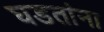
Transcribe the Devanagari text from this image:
घडतांना